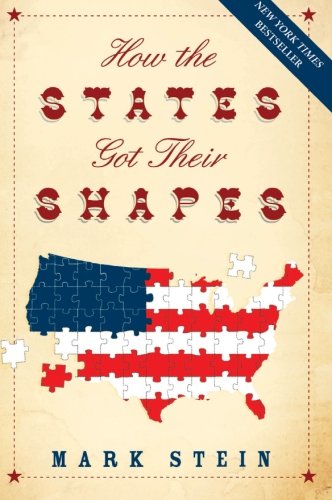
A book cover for How the States Got Their Shapes; Mark Stein; History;